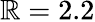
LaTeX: \mathbb{R}=2.2